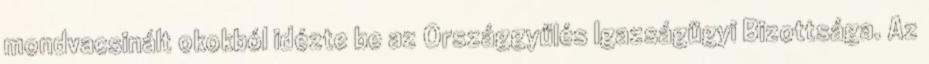
mondvacsinált okokból idézte be az Országgyűlés Igazságügyi Bizottsága. Az